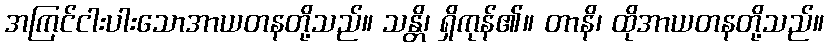
အကြင်ငါးပါးသောအာယတနတို့သည်။ သန္တိ၊ ရှိကုန်၏။ တာနိ၊ ထိုအာယတနတို့သည်။